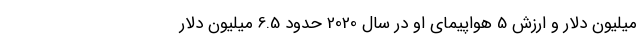
میلیون دلار و ارزش 5 هواپیمای او در سال 2020 حدود 6.5 میلیون دلار